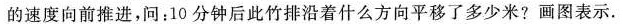
的速度向前推进，问：10分钟后此竹排沿着什么方向平移了多少米?